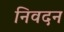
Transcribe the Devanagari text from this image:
निवदन